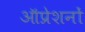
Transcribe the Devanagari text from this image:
ऑप्रेशनों